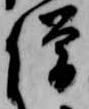
僧